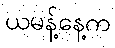
ယမန့်နေ့က